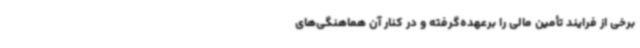
برخی از فرایند تأمین مالی را برعهده‌گرفته و در کنار آن هماهنگی‌های